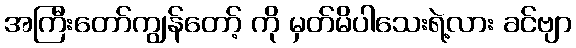
အကြီးတော်ကျွန်တော့် ကို မှတ်မိပါသေးရဲ့လား ခင်ဗျာ